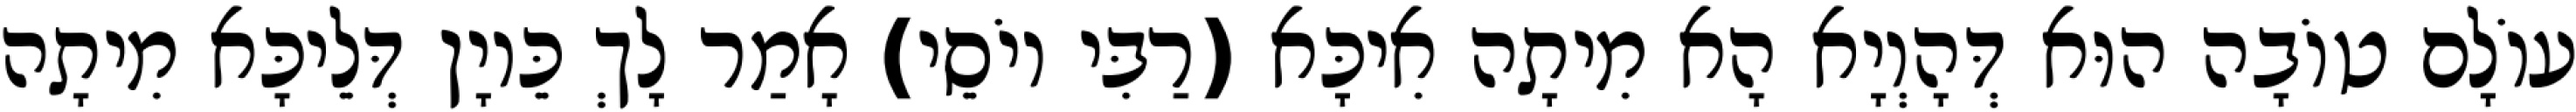
עוֹלָם טוֹבָה הוּא דְּהָוְיָא הָא מִיתָה אִיכָּא (רַבִּי יוֹסֵי) אָמַר לָךְ כֵּיוָן דְּלֵיכָּא מִיתָה